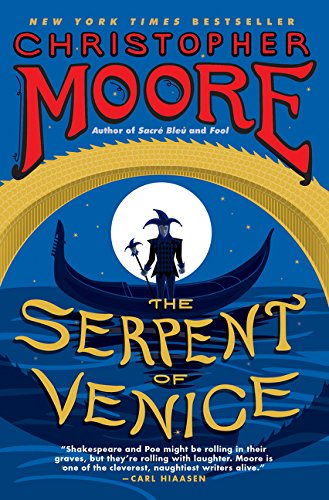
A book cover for The Serpent of Venice: A Novel; Christopher Moore; Literature & Fiction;